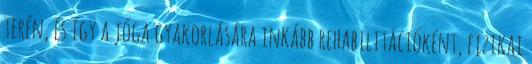
terén, és így a jóga gyakorlására inkább rehabilitációként, fizikai